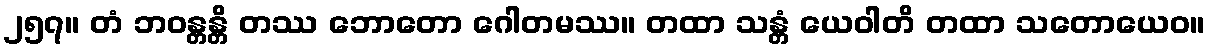
၂၅၇။ တံ ဘဝန္တန္တိ တဿ ဘောတော ဂေါတမဿ။ တထာ သန္တံ ယေဝါတိ တထာ သတောယေဝ။